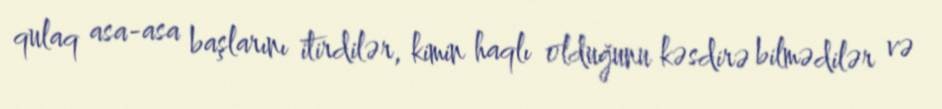
qulaq asa-asa başlarını itirdilər, kimin haqlı olduğunu kəsdirə bilmədilər və